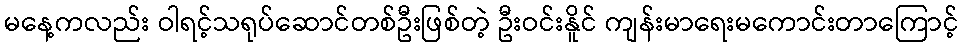
မနေ့ကလည်း ဝါရင့်သရုပ်ဆောင်တစ်ဦးဖြစ်တဲ့ ဦးဝင်းနိူင် ကျန်းမာရေးမကောင်းတာကြောင့်